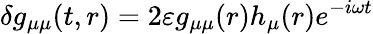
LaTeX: \delta g_{\mu\mu}(t,r)=2\varepsilon g_{\mu\mu}(r)h_{\mu}(r)e^{-i\omega t}